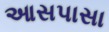
આસપાસા